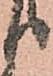
り